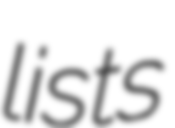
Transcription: lists